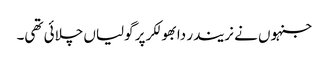
جنہوں نے نریندر دابھولکر پر گولیاں چلائی تھی۔